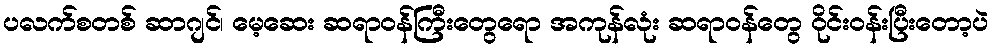
ပလက်စတစ် ဆာဂျင်၊ မေ့ဆေး ဆရာဝန်ကြီးတွေရော အကုန်လုံး ဆရာဝန်တွေ ဝိုင်းဝန်းပြီးတော့ပဲ